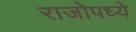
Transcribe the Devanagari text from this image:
राजोपध्ये